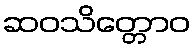
ဆဝသိတ္တောဝ